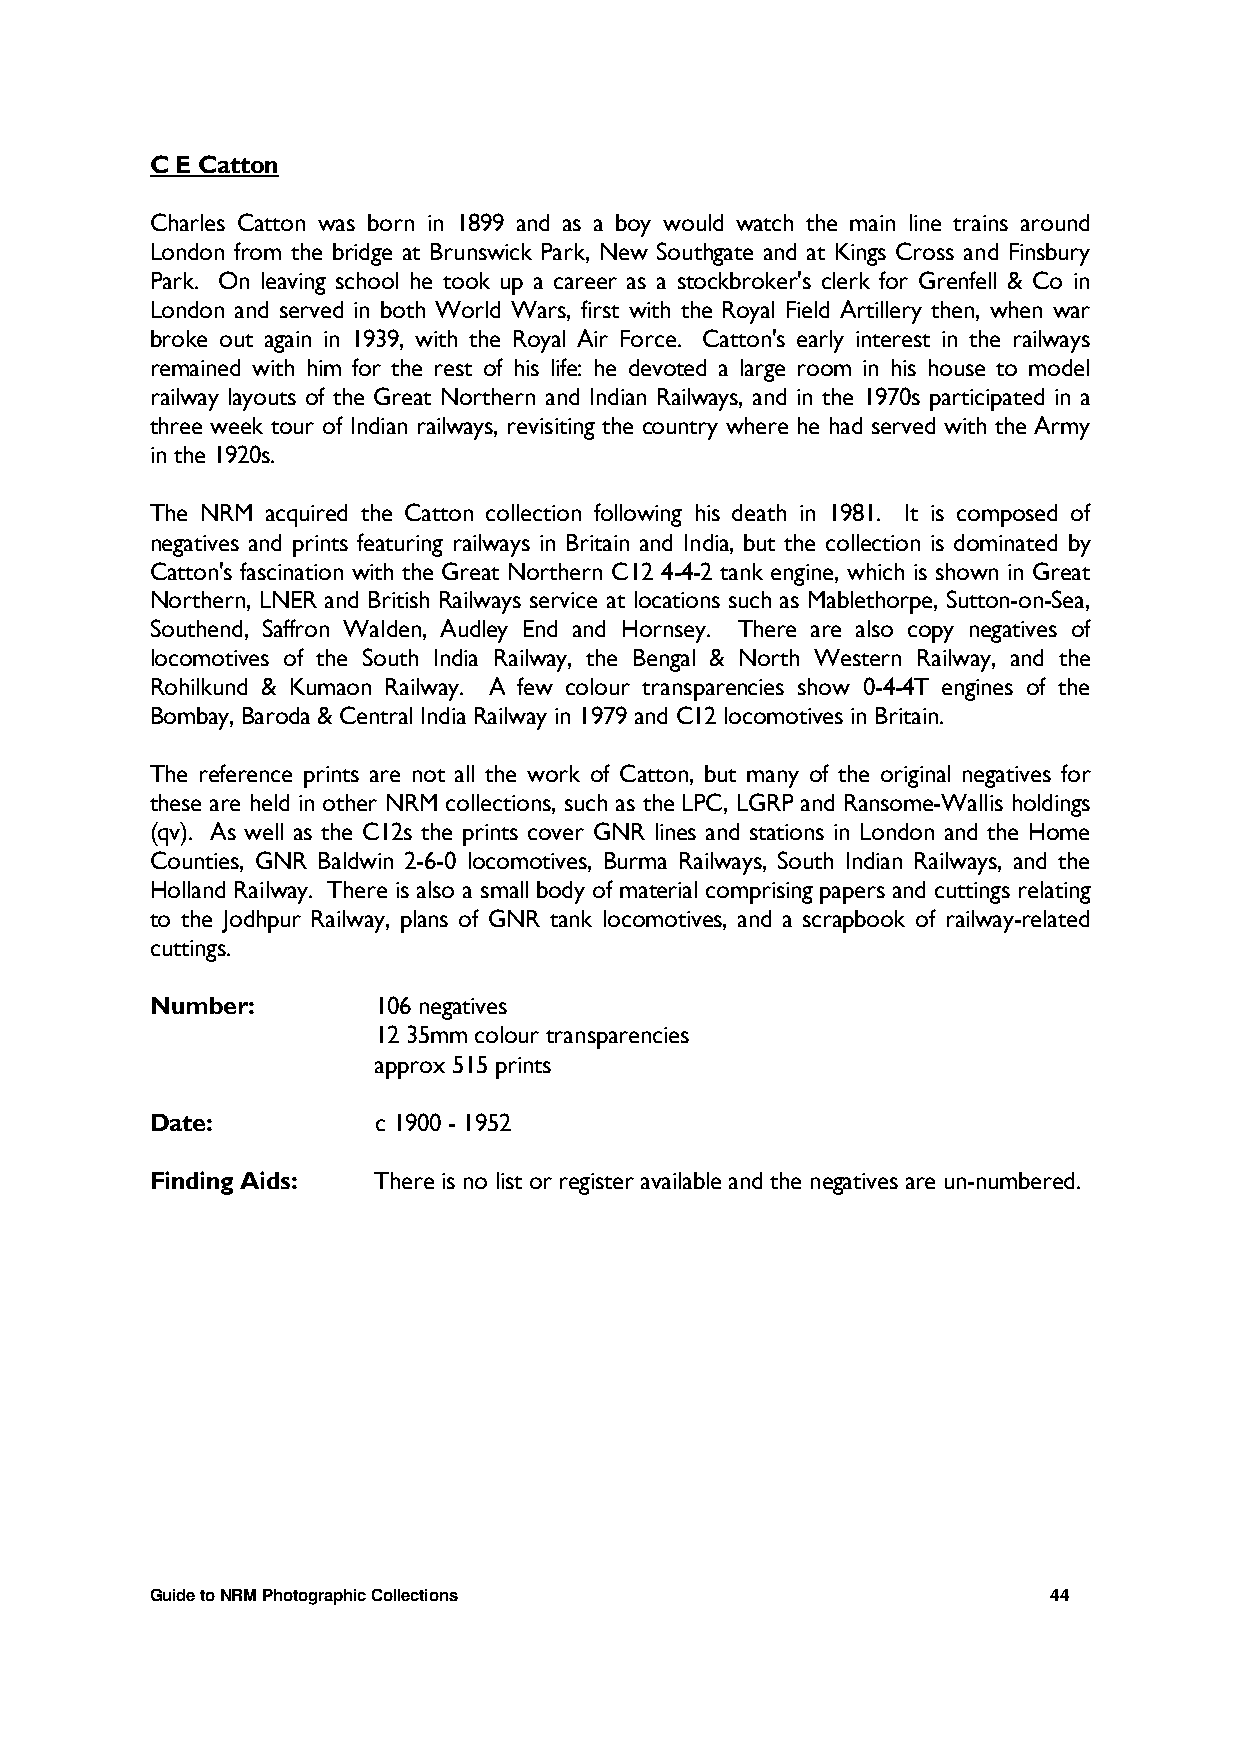
C E Catton
 Charles Catton was born in 1899 and as a boy would watch the main line trains around
 London from the bridge at Brunswick Park, New Southgate and at Kings Cross and Finsbury
 Park. On leaving school he took up a career as a stockbroker's clerk for Grenfell & Co in
 London and served in both World Wars, first with the Royal Field Artillery then, when war
 broke out again in 1939, with the Royal Air Force. Catton's early interest in the railways
 remained with him for the rest of his life: he devoted a large room in his house to model
 railway layouts of the Great Northern and Indian Railways, and in the 1970s participated in a
 three week tour of Indian railways, revisiting the country where he had served with the Army
 in the 1920s.
 The NRM acquired the Catton collection following his death in 1981. It is composed of
 negatives and prints featuring railways in Britain and India, but the collection is dominated by
 Catton's fascination with the Great Northern C12 4-4-2 tank engine, which is shown in Great
 Northern, LNER and British Railways service at locations such as Mablethorpe, Sutton-on-Sea,
 Southend, Saffron Walden, Audley End and Hornsey. There are also copy negatives of
 locomotives of the South India Railway, the Bengal & North Western Railway, and the
 Rohilkund & Kumaon Railway. A few colour transparencies show 0-4-4T engines of the
 Bombay, Baroda & Central India Railway in 1979 and C12 locomotives in Britain.
 The reference prints are not all the work of Catton, but many of the original negatives for
 these are held in other NRM collections, such as the LPC, LGRP and Ransome-Wallis holdings
 (qv). As well as the C12s the prints cover GNR lines and stations in London and the Home
 Counties, GNR Baldwin 2-6-0 locomotives, Burma Railways, South Indian Railways, and the
 Holland Railway. There is also a small body of material comprising papers and cuttings relating
 to the Jodhpur Railway, plans of GNR tank locomotives, and a scrapbook of railway-related
 cuttings.
 Number:        106 negatives
 12 35mm colour transparencies
 approx 515 prints
 Date:          c 1900 - 1952
 Finding Aids:  There is no list or register available and the negatives are un-numbered.
 Guide to NRM Photographic Collections                       44